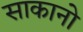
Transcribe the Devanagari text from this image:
साकानो